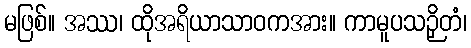
မဖြစ်။ အဿ၊ ထိုအရိယာသာဝကအား။ ကာမူပသဉှိတံ၊